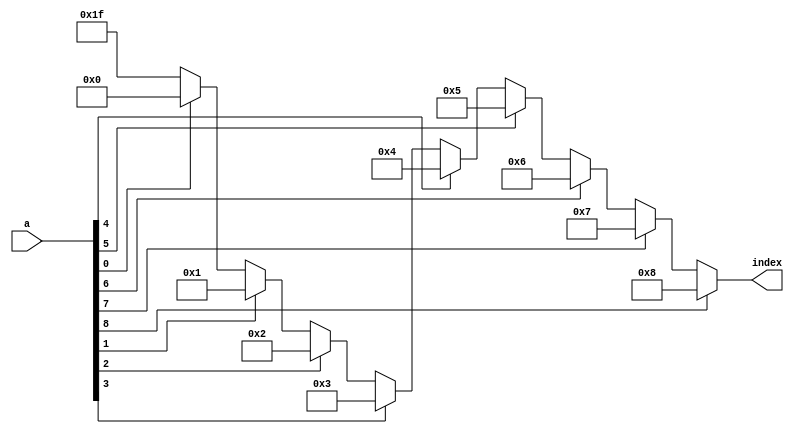
module leading_one(
    input [8:0] a,
    output [4:0] index
    );
    
reg [4:0] index;
    
always @(*) 
begin
    if(a[8] == 1)
        index = 5'd8;
    else if(a[7] == 1) 
        index = 5'd7;
    else if(a[6] == 1)
        index = 5'd6;
    else if(a[5] == 1)
        index = 5'd5;
    else if(a[4] == 1) 
        index = 5'd4;
    else if(a[3] == 1) 
        index = 5'd3;
    else if(a[2] == 1) 
        index = 5'd2;
    else if(a[1] == 1) 
        index = 5'd1;
    else if(a[0] == 1)
        index = 5'd0;
    else
        index = 5'b11111;
end
    
endmodule